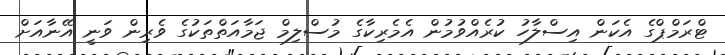
ޓްރަމްޕްގެ އެކަން އިސްލާހު ކުރެއްވުމުން އެމެރިކާގެ މުސްލިމް ޖަމާއަތްތަކުގެ ވެރިން ވަނީ އޭނާއަށް